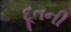
દૂતની